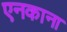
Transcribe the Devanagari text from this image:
एनकाना